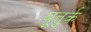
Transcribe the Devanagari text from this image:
बूतुर्क